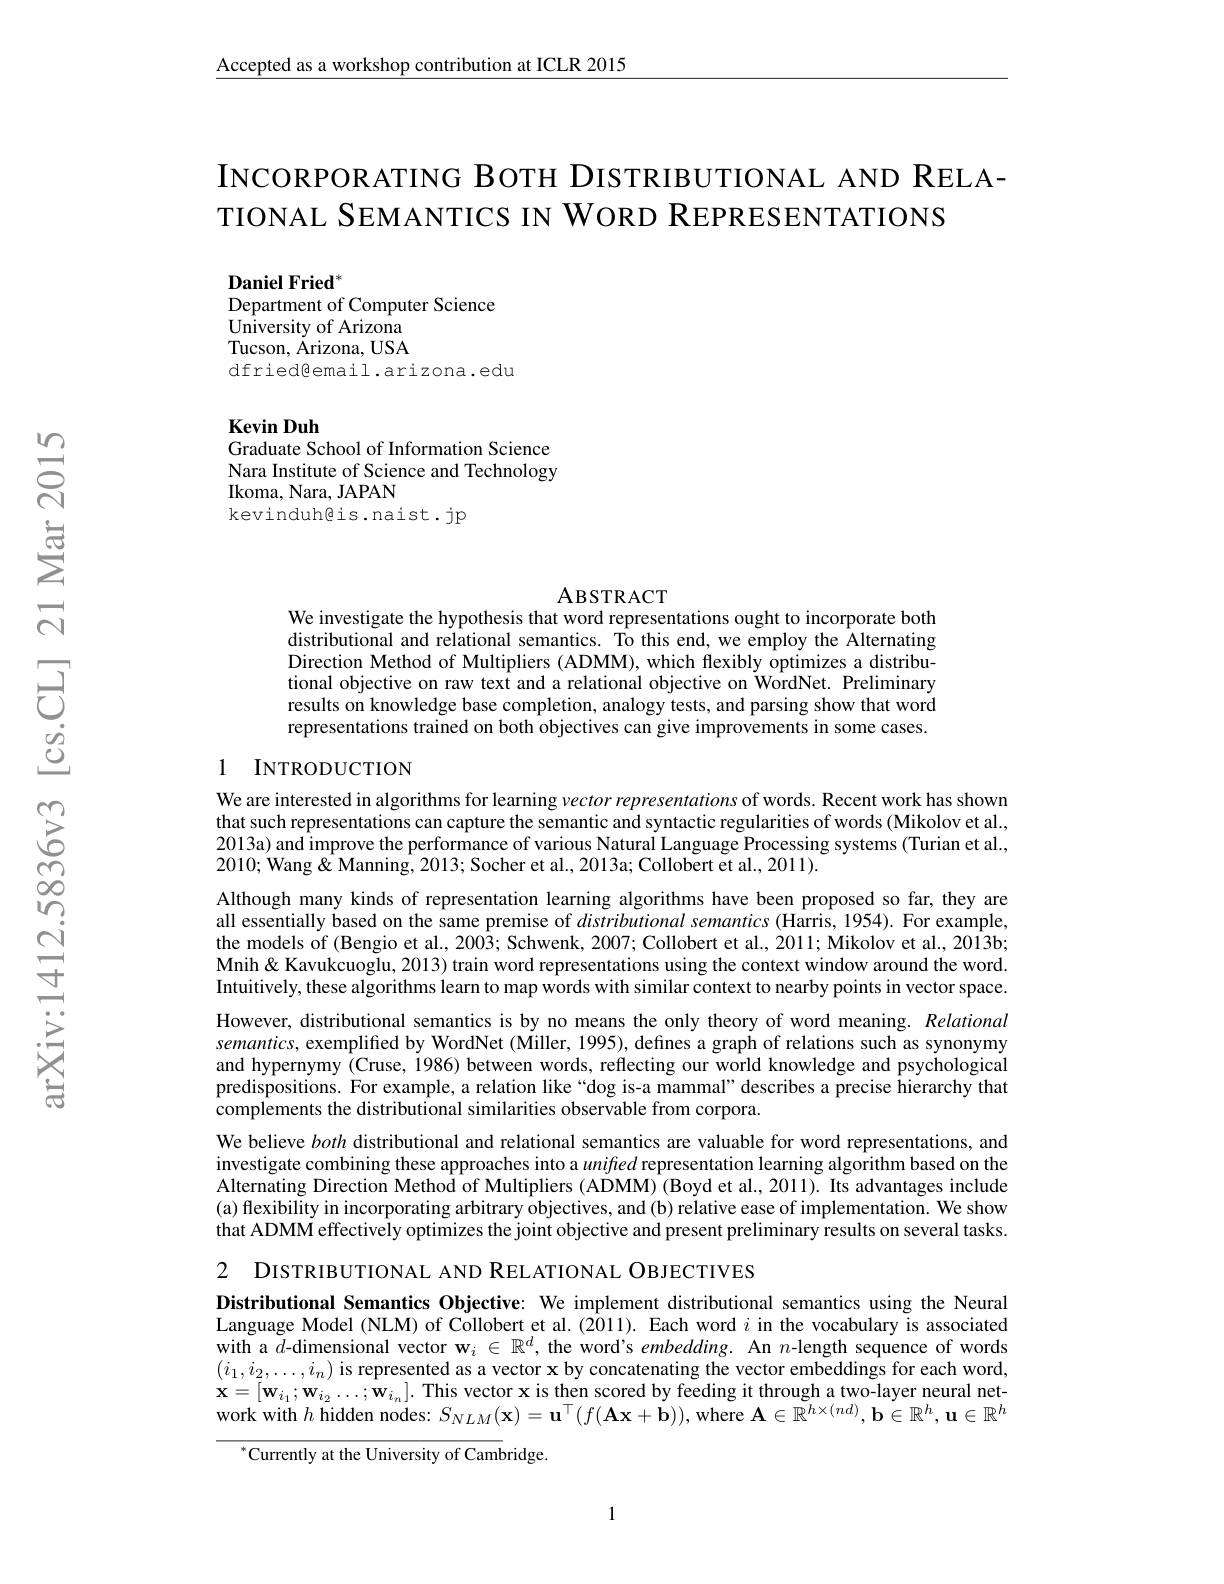
Accepted as a workshop contribution at ICLR 2015

INCORPORATING BOTH DISTRIBUTIONAL AND RELA-
TIONAL SEMANTICS IN WORD REPRESENTATIONS

Daniel Fried$^{*}$
Department of Computer Science
$\hat{\text{University of Arizona}}$ Tucson, Ärizona, USA dfriedêemail.arizona.edu

Kevin Duh
Graduate School of Information Science

Nara Institute of Science and Technology
Ikoma, Nara, JAPAN
kevinduh@is.naist.jp

ABSTRACT
We investigate the hypothesis that word representations ought to incorporate both

distributional and relational semantics. To this end, we employ the Alternating Direction Method of Multipliers (ADMM), which flexibly optimizes a distributional objective on raw text and a relational objective on WordNet. Preliminary results on knowledge base completion, analogy tests, and parsing show that word representations trained on both objectives can give improvements in some cases.

### 1 INTRODUCTION

We are interested in algorithms for learning vector representations of words. Recent work has shown that such representations can capture the semantic and syntactic regularities of words (Mikolov et al., 2013a) and improve the performance of various Natural Language Processing systems (Turian et al., 2010; Wang& Manning, 2013; Socher et al., 2013a; Collobert et al., 2011).

Although many kinds of representation learning algorithms have been proposed so far, they are all essentially based on the same premise of distributional semantics (Harris, 1954). For example, the models of (Bengio et al., 2003; Schwenk, 2007; Collobert et al., 2011; Mikolov et al., 2013b; Mnih& Kavukcuoglu, 2013) train word representations using the context window around the word. Intuitively, these algorithms learn to map words with similar context to nearby points in vector space. However, distributional semantics is by no means the only theory of word meaning. Relational $semantics$, exemplified by WordNet (Miller, 1995), defines a graph of relations such as synonymy and hypernymy (Cruse, 1986) between words, reflecting our world knowledge and psychological predispositions. For example, a relation like“dog is-a mammal” describes a precise hierarchy that complements the distributional similarities observable from corpora.
We believe both distributional and relational semantics are valuable for word representations, and investigate combining these approaches into a unifed representation learning algorithm based on the Alternating Direction Method of Multipliers (ADMM) (Boyd et al., 2011). Its advantages include (a) flexibility in incorporating arbitrary objectives, and (b) relative ease of implementation. We show that ADMM effectively optimizes the joint objective and present preliminary results on several tasks.

2 DISTRIBUTIONAL AND RELATIONAL OBJECTIVES

Distributional Semantics Objective: We implement distributional semantics using the Neural Language Model (NLM) of Collobert et al.(2011). Each word $i$ in the vocabulary is associated with a $d$-dimensional vector $\mathbf{w}_i\in\mathbb{R}^d$, the word's $embedding.$ An $n$-length sequence of words $( i_{1}, i_{2}, \ldots , i_{n})$ is represented as a vector x by concatenating the vector embeddings for each word, $\mathbf{x} = [ \mathbf{w} _{i_{1}}; \mathbf{w} _{i_{2}}\ldots ; \mathbf{w} _{i_{n}}] .$ This vector x is then scored by feeding it through a two- layer neural net- work with $h$ hidden
$^{*}$Currently at the University of Cambridge.

1